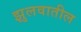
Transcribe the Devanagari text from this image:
झुलवातील